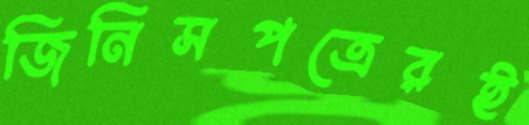
জিনিসপত্রেরই